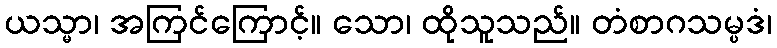
ယသ္မာ၊ အကြင်ကြောင့်။ သော၊ ထိုသူသည်။ တံစာဂသမ္ပဒံ၊